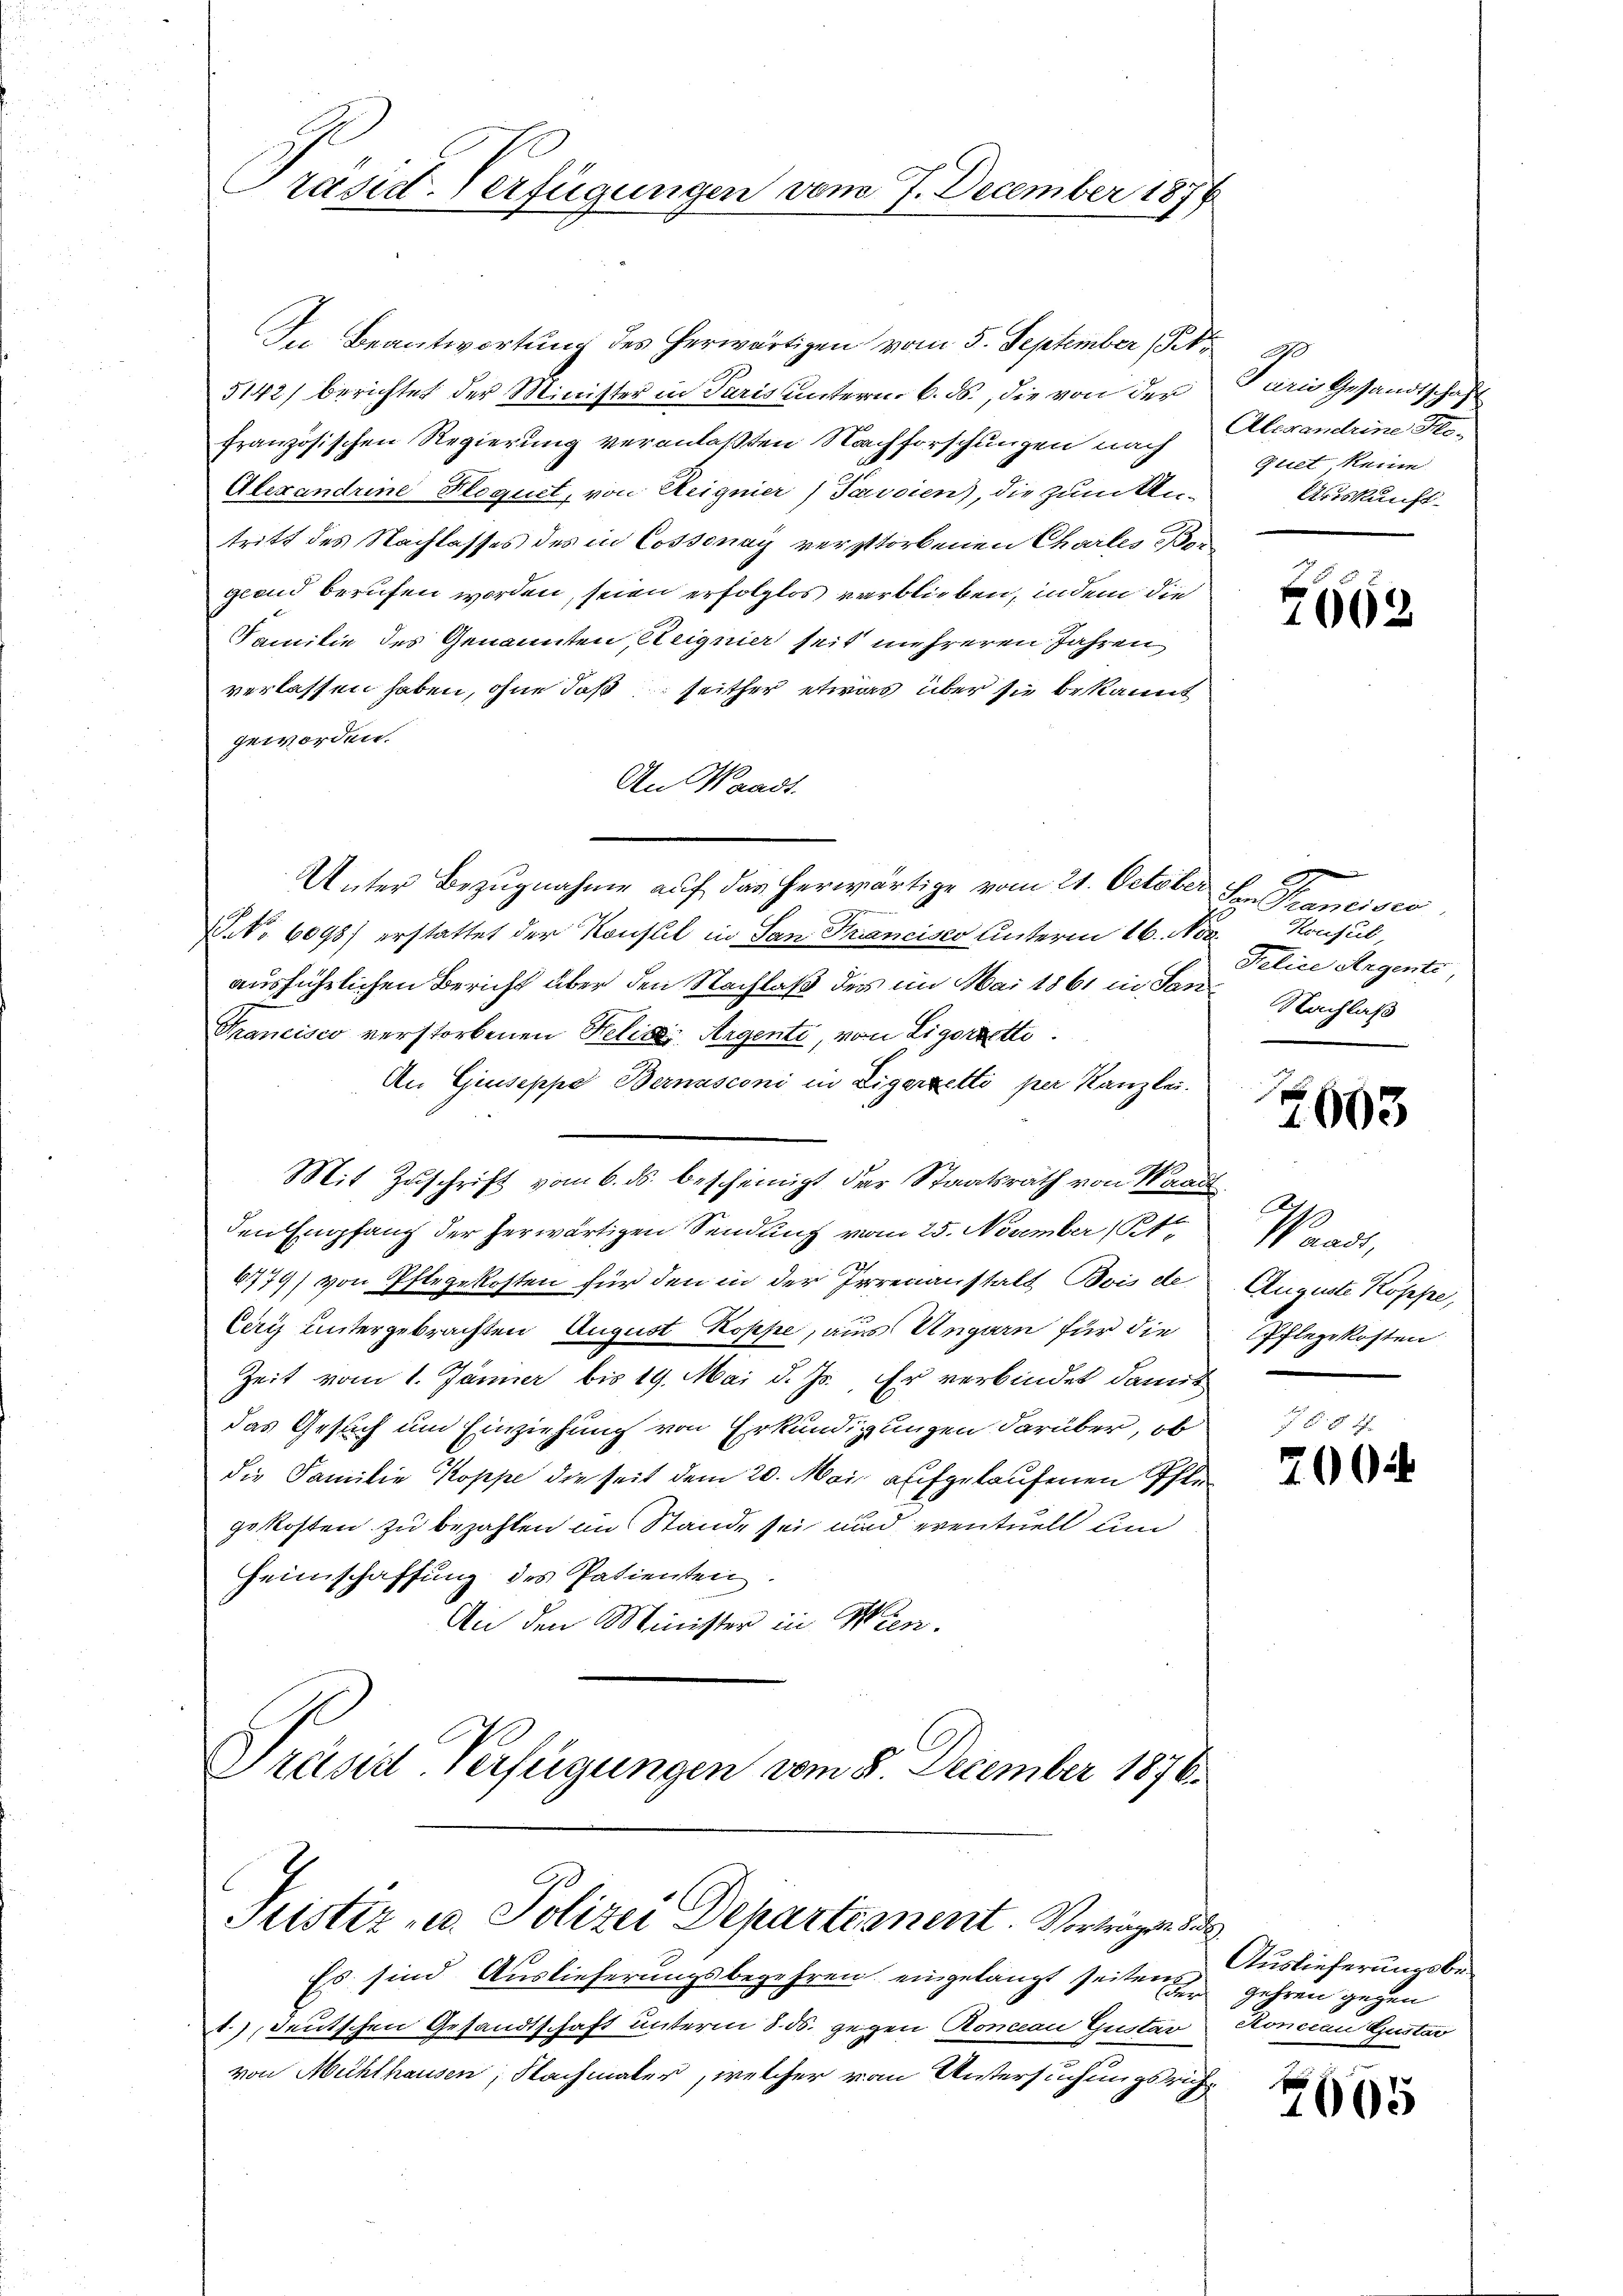
Präsid. Verfügungen vom 7. December 1874

In Beantwortung des herwärtigen vom 5. September 181. 810
5142) berichtet der Minister in Paris unterm 6. ds., die von der
französischen Regierung veranlaßten Nachforschungen nach
Alexandrine Floquet, von Reignier) Pavoien), die zum Untritt des Nachlasses des in Cossonay verstorbenen Chartes ergland berufen worden, seien erfolglos verblieben, indem die
Familie des Genannten, Heignier seit mehreren Jahren
verlassen haben, ohne daß seither etwas über sie bekannt
geworden.
An Waadt.
 No 6098) erstattet der Konsul in San Francisco Unterm 16. Nov.
ausführlichen Bericht über den Nachlaß des im Mai 1861 in San Nachlaß
Francisco verstorbenen Relia, Argente, von Ligorzette.
An Giuseppe Bernasconi in Zigerzetto per Kanzlei.
Mit Zuschrift vom 6. ds. bescheinigt der Staatsrath von Waadt
den Empfang der herwärtigen Sendung vom 25. Noamber (B
47779) von Pflegekosten für den in der Irrenanstalt Bois de
Ceri untergebrachten August Koppe, aus Ungarn für die
Zeit vom 1. Jänner bis 19. Mai d. Js., Er verbindet damit
das Gesuch um Einziehung von Erkundigungen darüber, ob
die Familie Koppe die seit dem 20. Mai aufgelaufenen Pfli
gekosten zu bezahlen im Stande sei und eventuell un
Heimschaffung des Patienten.
An den Minister in Wien.
Präsid Verfügungen vom 8. December 1876.

Unter Bezugnahme auf das herwärtige vom 21. October den Francisco

Justiz- u. Polizei Departement Vorträgen die

Es sind Auslieferungsbegehren eingelangt seiten gehren gegen
1.) deutschen Gesandtschaft unterm 8. ds. gegen Roman Gustav Honccan Gustav
von Mühlhausen, Nachmaler, welcher vom Untersuchungsrich

Purie Gesandtschaft
Alexandrine He-
Guet keine
Auskunft

2662

Koufeil
Telice Angente

1603

San
Auguste Koppe,
Pflegekosten

200

Auslieferungsbe¬

7005